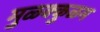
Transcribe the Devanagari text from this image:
मुळक्कुळम